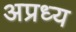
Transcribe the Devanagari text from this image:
अप्रध्य